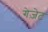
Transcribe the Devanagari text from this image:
गेज़ेट